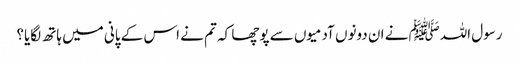
رسول اللہﷺ نے ان دونوں آدمیوں سے پوچھا کہ تم نے اس کے پانی میں ہاتھ لگایا؟